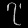
Digit: ၇